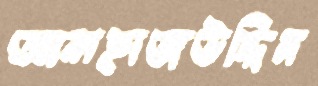
আলহাজউদ্দিন